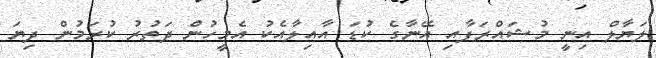
ލަޔާލް އިނީ މުޝައްރަފާއި އޭނާގެ ކުޑަ އާއިލާއެކު އެމީހުން ދަތުރު ކުރަމުން ދިޔަ